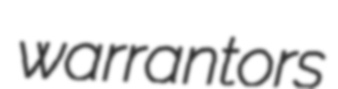
warrantors